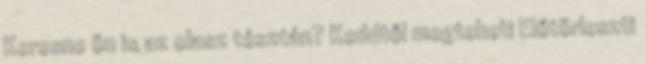
Keresne ön is az olasz tésztán? Keddtől megteheti Előtörleszti